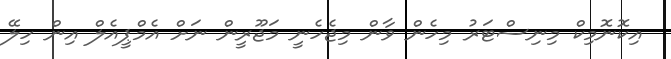
އިކޮނޮމިކް މިނިސްޓަރު މިހެން ވާން މިޖެހެނީ މަޖޫރީން ނަށް އެމްޕީއެލް އިން ހިލޭ